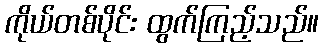
ကိုယ်တစ်ပိုင်း ထွက်ကြည့်သည်။